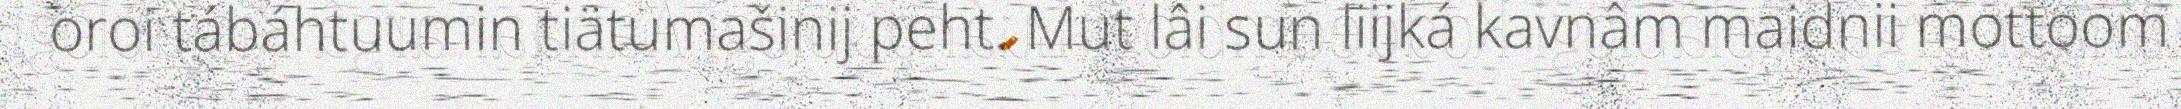
oroi tábáhtuumin tiätumašinij peht. Mut lâi sun liijká kavnâm maidnii mottoom